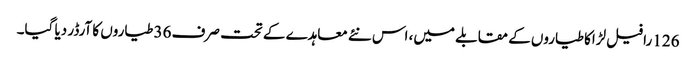
126 رافیل لڑاکا طیاروں کے مقابلے میں، اس نئے معاہدے کے تحت صرف 36 طیاروں کا آرڈر دیا گیا۔